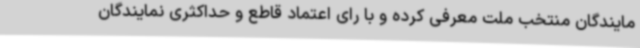
مایندگان منتخب ملت معرفی کرده و با رای اعتماد قاطع و حداکثری نمایندگان